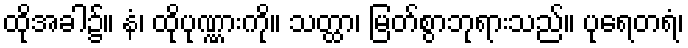
ထိုအခါ၌။ နံ၊ ထိုပုဏ္ဏားကို။ သတ္ထာ၊ မြတ်စွာဘုရားသည်။ ပုရေတရံ၊